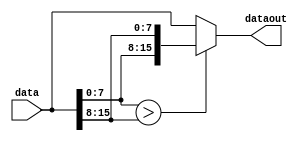
// : sort2()
// ---------------
// 2
//
// : , , .
module sort2 #(
	parameter DATA_WIDTH=8
)(
	input wire [DATA_WIDTH*2-1:0] data,// 2, 
	output wire [DATA_WIDTH*2-1:0] dataout// 2, 
);

localparam W=DATA_WIDTH;
wire [W-1:0] a[1:0];

assign a[0] = data[W-1:0];
assign a[1] = data[W*2-1:W];
assign dataout = (a[0] > a[1])? ({a[0], a[1]}):({a[1], a[0]});

endmodule